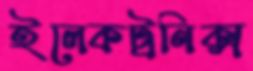
ইলেকট্রনিক্স